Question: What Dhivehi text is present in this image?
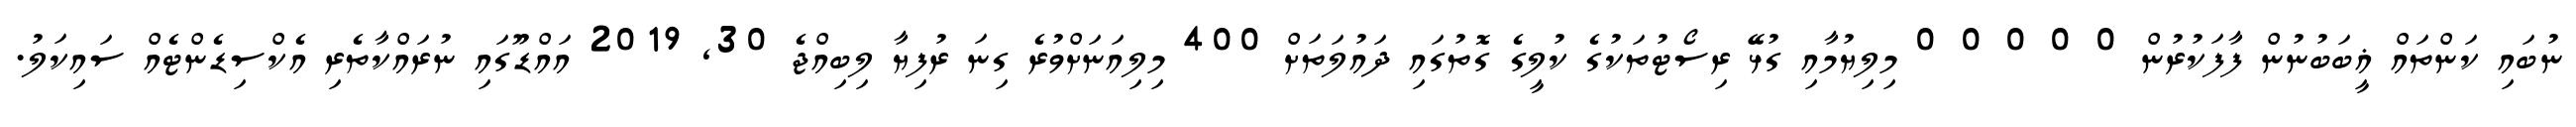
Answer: ނުބައި ކަންތައް ޣީބަބުނުން ފާފަކުރުން 0 0 0 0 0 މިލިޔުމާއި ގުޅޭ ރިސޯޓުތަކުގެ ކުލީގެ ގޮތުގައި ދައުލަތަށް 400 މިލިއަނަށްވުރެ ގިނަ ރުފިޔާ ލިބިއްޖެ 30, 2019 އައްޑޫގައި ނުރައްކާތެރި އެކްސިޑެންޓެއް ސައިކަލު.